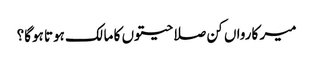
میر کارواں کن صلاحیتوں کا مالک ہوتا ہوگا؟